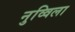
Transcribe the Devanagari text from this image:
नुव्विला